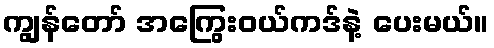
ကျွန်တော် အကြွေးဝယ်ကဒ်နဲ့ ပေးမယ်။